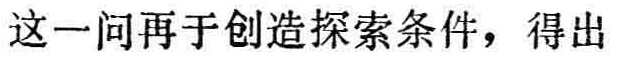
这一问再于创造探索条件，得出